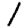
Digit: 1